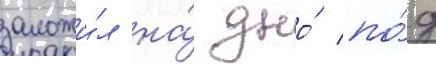
заложи́л на́ дно́ по́д